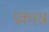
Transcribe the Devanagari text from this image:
प्रकाश्न